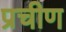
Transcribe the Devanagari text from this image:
प्रचीण